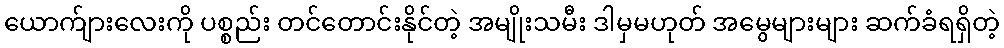
ယောက်ျားလေးကို ပစ္စည်း တင်တောင်းနိုင်တဲ့ အမျိုးသမီး ဒါမှမဟုတ် အမွေများများ ဆက်ခံရရှိတဲ့